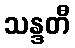
သန္ဒတီ